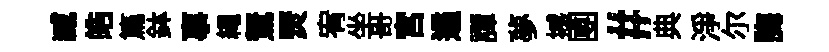
臧皓篇鉢事繩駑燹宥坐哥宮遹譚夢撼圑#典淨尓誨